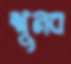
শুনব